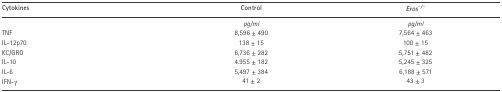
| Cytokines | Control | Eros−/− |
 | --- | --- | --- |
 |  | pg/ml | pg/ml |
 | TNF | 8,596 ± 490 | 7,564 ± 463 |
 | IL-12p70 | 138 ± 15 | 100 ± 15 |
 | KC/GRO | 6,736 ± 282 | 5,751 ± 482 |
 | IL-10 | 4.955 ± 182 | 5,245 ± 325 |
 | IL-6 | 5,497 ± 384 | 6,188 ± 571 |
 | IFN-γ | 41 ± 2 | 43 ± 3 |